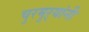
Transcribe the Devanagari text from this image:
चुरमुऱ्यांनी